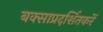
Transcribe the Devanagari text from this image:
बक्साप्रदर्शितकरें